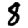
Digit: 8